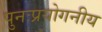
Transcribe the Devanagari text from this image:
पुनःप्रयोगनीय